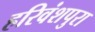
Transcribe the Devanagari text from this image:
हरिवंशपुरा